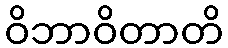
ဝိဘာဝိတာတိ